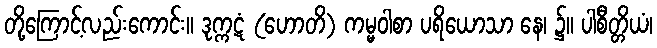
တို့ကြောင့်လည်းကောင်း။ ဒုက္ကဋံ (ဟောတိ) ကမ္မဝါစာ ပရိယောသာ နေ၊ ၌။ ပါစီတ္တိယံ၊